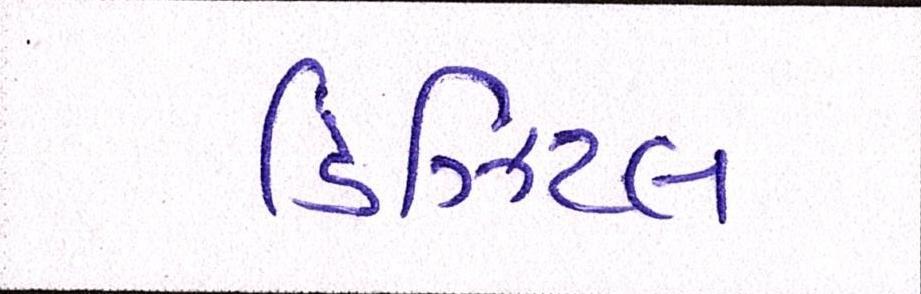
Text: ડિઝિટલ